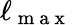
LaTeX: \ell_{\mathrm{~m~a~x~}}